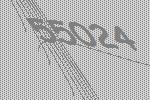
55024